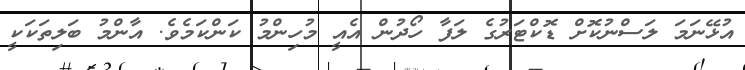
އުޅޭނަމަ ލަސްނުކޮށް ޑޮކްޓަރުގެ ލަފާ ހޯދުން އެއީ މުހިންމު ކަންކަމެވެ. އާންމު ބަލިތަކަކީ